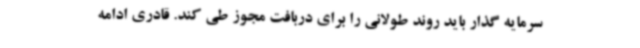
سرمایه گذار باید روند طولانی را برای دربافت مجوز طی کند. قادری ادامه